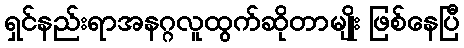
ရှင်နည်းရာအနဂ္ဂလူထွက်ဆိုတာမျိုး ဖြစ်နေပြီ